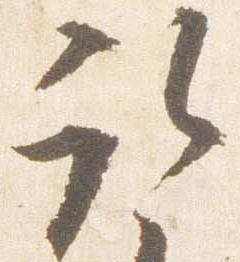
取